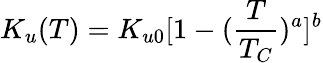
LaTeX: K_{u}(T)=K_{u0}[1-(\frac{T}{T_{C}})^{a}]^{b}